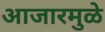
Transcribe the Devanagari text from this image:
आजारमुळे